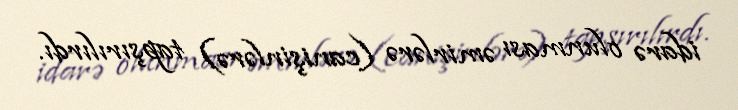
idarə olunması əmirlərə (canişinlərə) tapşırılırdı.